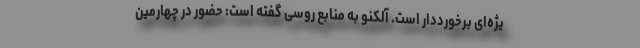
یژه‌ای برخورددار است. آلکنو به منابع روسی گفته است: حضور در چهارمین